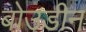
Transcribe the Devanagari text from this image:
बोउडीन